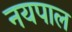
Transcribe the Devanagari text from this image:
नयपाल